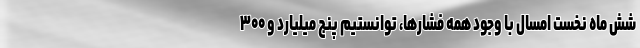
شش ماه نخست امسال با وجود همه فشارها، توانستیم پنج میلیارد و ۳۰۰